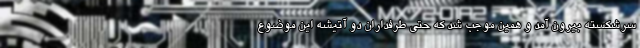
سرشکسته بیرون آمد و همین موجب شد که حتی طرفداران دو آتیشه‌ این موضوع